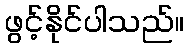
ဖွင့်နိုင်ပါသည်။